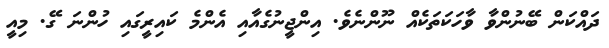
ދައްކަން ބޭނުންވާ ވާހަކަތަކެއް ނޫންނެވެ. އިންޖީނުގެއާއި އެންމެ ކައިރީގައި ހުންނަ ގޭ. މިއީ